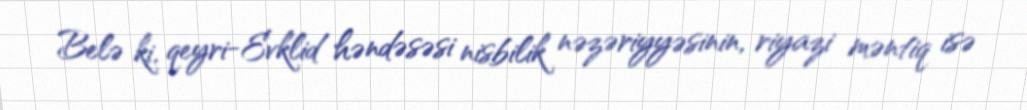
Belə ki, qeyri-Evklid həndəsəsi nisbilik nəzəriyyəsinin, riyazi məntiq isə